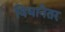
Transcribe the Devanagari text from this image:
विधानेतर